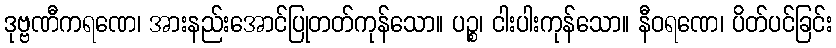
ဒုဗ္ဗဏီကရဏေ၊ အားနည်းအောင်ပြုတတ်ကုန်သော။ ပဉ္စ၊ ငါးပါးကုန်သော။ နီဝရဏေ၊ ပိတ်ပင်ခြင်း